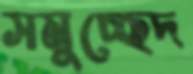
সমুচ্ছেদ